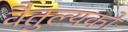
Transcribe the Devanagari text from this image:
वैतुल्यकों